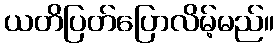
ယတိပြတ်ပြောလိမ့်မည်။